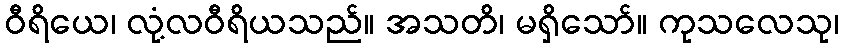
ဝီရိယေ၊ လုံ့လဝီရိယသည်။ အသတိ၊ မရှိသော်။ ကုသလေသု၊